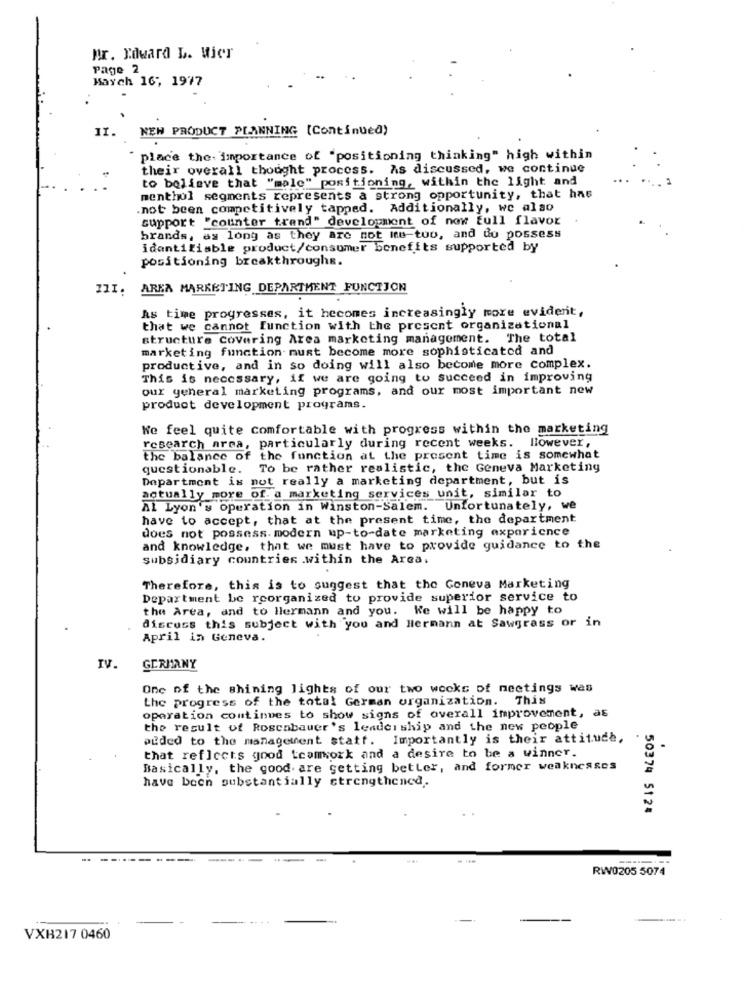
Ar. Howard L. Vier
Page 2
Kaych 16, 1977
NEW PRODUCT PLANNING [Continued)
11.
place the importance of "positioning thinking" high within
their overall thought process. As discussed, we continue
to believe that "male" positioning, within the light and
menthol segments represents a strong opportunity, that has
not been competitively tapped. Additionally, we also
support "counter trand" development of now full flavor
brands, as long as they are not me-too, and do possess
identifiable product/consumer benefits supported by
positioning breakthroughs.
111.
AREA MARKETING DEPARTMENT FUNCTION
As time progresses, it hecomes increasingly more evident,
that we cannot function with the present organizational
structure Covering Area marketing management. The total
marketing function must become more sophisticated and
productive, and in so doing will also become more complex.
This is necessary, if we are going to succeed in improving
our general marketing programs, and our most important new
product development programs.
We feel quite comfortable with progress within the marketing
research area, particularly during recent weeks. Ilowever,
the balance of the function at the present time is somewhat
questionable. To be rather realistic, the Geneva Marketing
Department is not really a marketing department, but is
actually more of. a marketing services unit, similar to
Al Lyon's operation in Winston-Salem. Unfortunately, we
have to accept, that at the present time, the department
does not possess. modern up-to-date marketing experience
and knowledge, that we must have to provide guidance to the
Subsidiary countries .within the Area.
Therefore, this is to suggest that the Geneva Marketing
Department be reorganized to provide superior service to
the Area, and to llermann and you. We will be happy to
discuss this subject with you and Hermann at Sawgrass or in
April in Geneva.
IV.
GERMANY
One of the shining lights of our two weeks of meetings was
the progress of the total German organization. This
operation continues to show signs of overall improvement, as
the result of Roscabauer's leadership and the new people
aided to the management statt. Importantly is their attitude,
that reflects good teamwork and a desire to be a winner.
Basically, the good. are getting better, and former weaknesses
have bech substantially strengthened.
50374 5124
--------
RW0205 5074
VXB217 0460